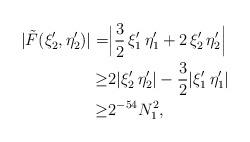
LaTeX: \begin{align*}|\tilde{F} (\xi_2' ,\eta_2')| = & \Bigl| \frac{3}{2} \, \xi_1' \, \eta_1' + 2 \, \xi_2' \, \eta_2' \Bigr|\\\geq & 2| \xi_2' \, \eta_2'| - \frac{3}{2} |\xi_1' \, \eta_1'|\\\geq & 2^{-54} N_1^2,\end{align*}